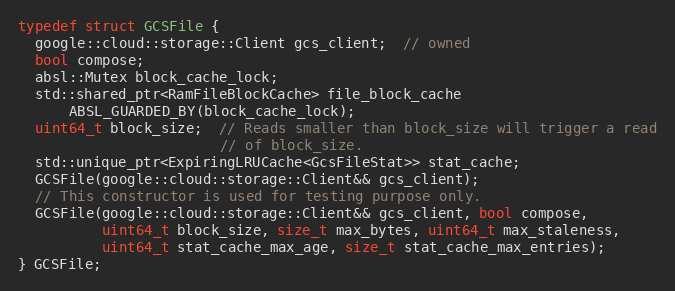
Language: C
typedef struct GCSFile {
  google::cloud::storage::Client gcs_client;  // owned
  bool compose;
  absl::Mutex block_cache_lock;
  std::shared_ptr<RamFileBlockCache> file_block_cache
      ABSL_GUARDED_BY(block_cache_lock);
  uint64_t block_size;  // Reads smaller than block_size will trigger a read
                        // of block_size.
  std::unique_ptr<ExpiringLRUCache<GcsFileStat>> stat_cache;
  GCSFile(google::cloud::storage::Client&& gcs_client);
  // This constructor is used for testing purpose only.
  GCSFile(google::cloud::storage::Client&& gcs_client, bool compose,
          uint64_t block_size, size_t max_bytes, uint64_t max_staleness,
          uint64_t stat_cache_max_age, size_t stat_cache_max_entries);
} GCSFile;